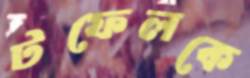
টফেলকে